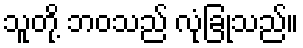
သူတို့ ဘဝသည် လုံခြုံသည်။